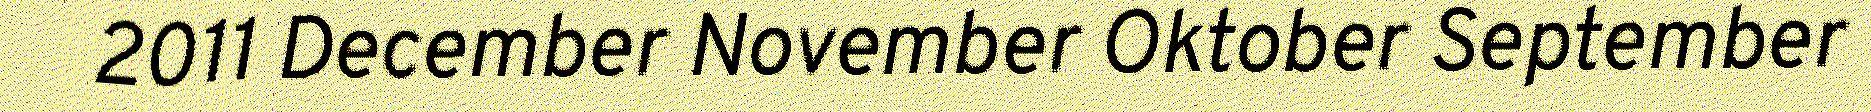
2011 December November Oktober September